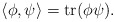
\begin{align*}\langle\phi,\psi\rangle=\mathrm{tr}(\phi\psi).\end{align*}